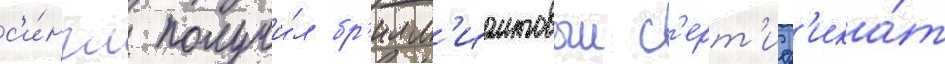
с'и́нгл получи́л бр'илл'иантовыи с'ерт'иф'ика́т